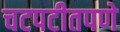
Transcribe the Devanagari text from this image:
चटपटीतपणे